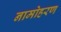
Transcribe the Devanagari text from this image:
नामोहरण